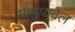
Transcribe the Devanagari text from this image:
माइग्युवेल